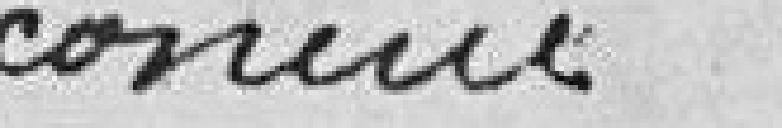
connue :